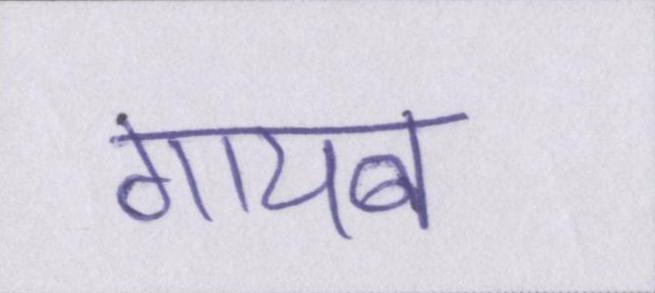
गायब